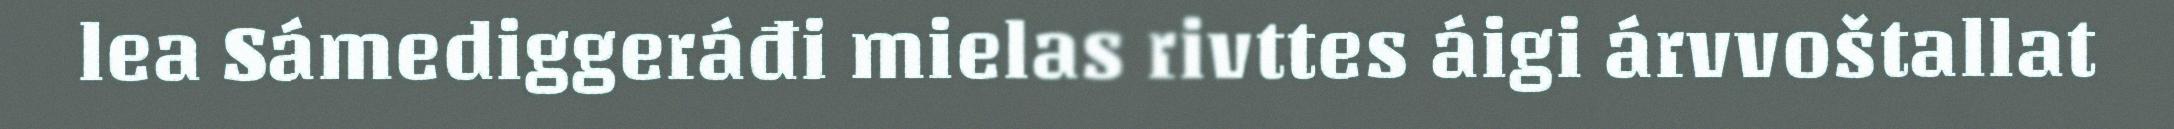
lea Sámediggeráđi mielas rivttes áigi árvvoštallat